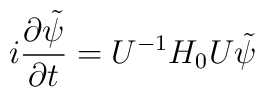
i\frac{\partial\tilde{\psi}}{\partial t} = U^{-1} H_0 U \tilde{\psi}